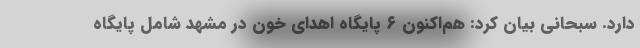
دارد. سبحانی بیان کرد: هم‌اکنون ۶ پایگاه اهدای خون در مشهد شامل پایگاه